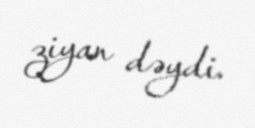
ziyan dəydi.